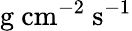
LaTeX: \mathrm{g\ cm^{-2}\ s^{-1}}